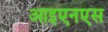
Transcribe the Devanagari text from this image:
आइएनएस